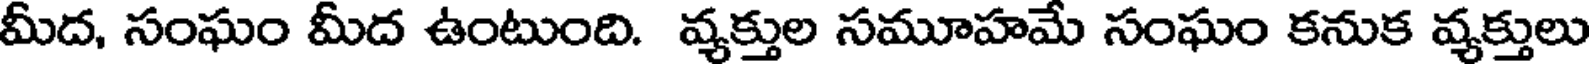
మీద, సంఘం మీద ఉంటుంది. వ్యక్తుల సమూహమే సంఘం కనుక వ్యక్తులు